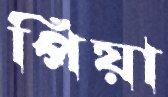
পিয়া